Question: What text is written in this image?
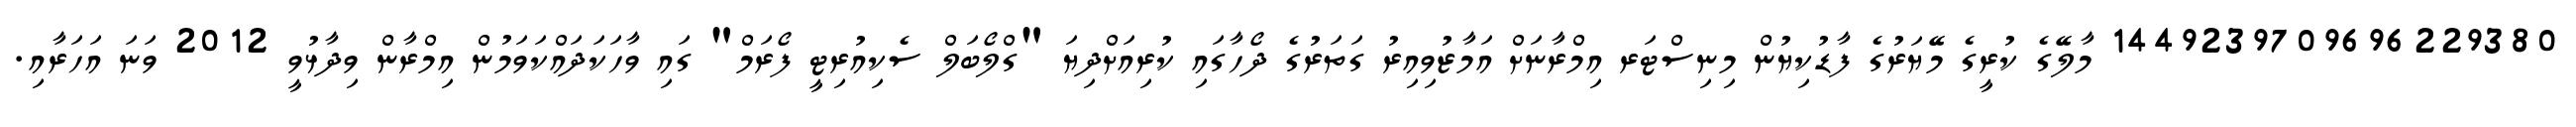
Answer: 1449239709696229380 މާލޭގެ ކުރީގެ މޭޔަރުގެ ފާޑުކިޔުން މިނިސްޓަރ އިމްރާނަށް އަމާޒުވިއިރު ގަތަރުގެ ދޯހާގައި ކުރިއަށްދިޔަ "ގްލޯބަލް ސެކިއުރިޓީ ފޯރަމް" ގައި ވާހަކަދައްކަވަމުން އިމްރާން ވިދާޅުވީ 2012 ވަނަ އަހަރާއި.